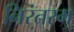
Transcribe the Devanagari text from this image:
निरंतरम्‌